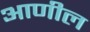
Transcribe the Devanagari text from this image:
आणील